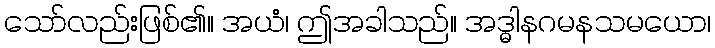
သော်လည်းဖြစ်၏။ အယံ၊ ဤအခါသည်။ အဒ္ဓါနဂမနသမယော၊